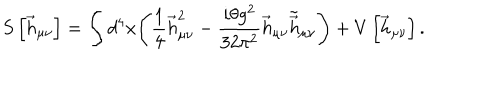
S \left[ \vec { h } _ { \mu \nu } \right] = \int d ^ { 4 } x \Biggl ( \frac { 1 } { 4 } \vec { h } _ { \mu \nu } ^ { 2 } - \frac { i \theta g ^ { 2 } } { 3 2 \pi ^ { 2 } } \vec { h } _ { \mu \nu } \tilde { \vec { h } } _ { \mu \nu } \Biggr ) + V \left[ \vec { h } _ { \mu \nu } \right] .